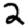
Digit: 2